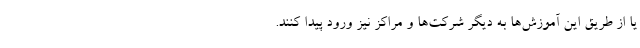
یا از طریق این آموزش‌ها به دیگر شرکت‌ها و مراکز نیز ورود پیدا کنند.